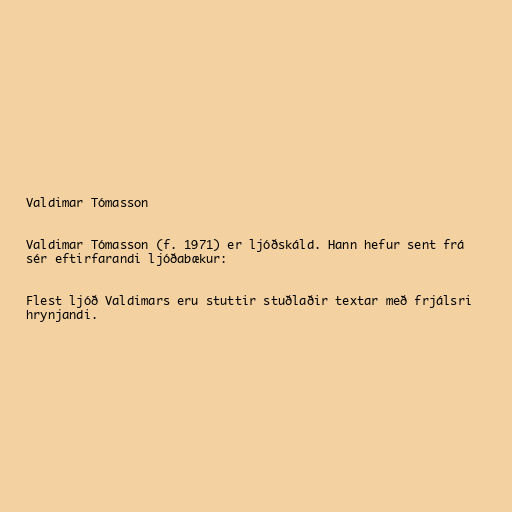
Valdimar Tómasson

Valdimar Tómasson (f. 1971) er ljóðskáld. Hann hefur sent frá
sér eftirfarandi ljóðabækur:

Flest ljóð Valdimars eru stuttir stuðlaðir textar með frjálsri
hrynjandi.